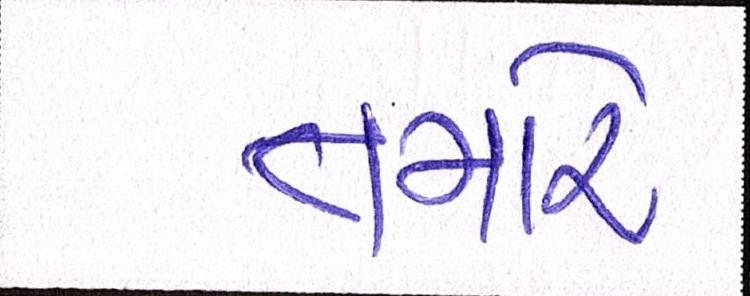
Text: તમારે